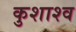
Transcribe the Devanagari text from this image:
कुशाश्व